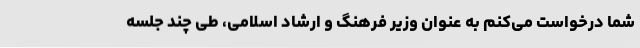
شما درخواست می‌کنم به عنوان وزیر فرهنگ و ارشاد اسلامی، طی چند جلسه